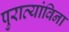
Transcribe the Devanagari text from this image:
पुराव्यांविना